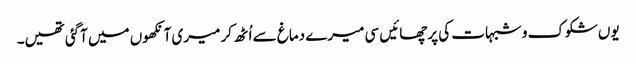
یوں شکوک و شبہات کی پرچھائیں سی میرے دماغ سے اُٹھ کر میری آنکھوں میں آگئی تھیں۔